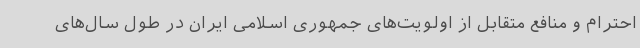
احترام و منافع متقابل از اولویت‌های جمهوری اسلامی ایران در طول سال‌های